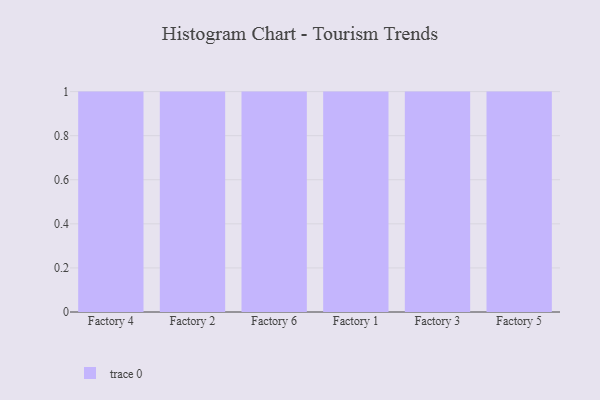
{"axis": {"x": "Factory", "y": "Gross Profit (USD K)"}, "legend": [""], "data": [{"x": "Factory 4", "y": 16, "type": ""}, {"x": "Factory 2", "y": 26, "type": ""}, {"x": "Factory 6", "y": 90, "type": ""}, {"x": "Factory 1", "y": 28, "type": ""}, {"x": "Factory 3", "y": 88, "type": ""}, {"x": "Factory 5", "y": 67, "type": ""}]}